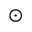
\odot